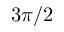
3 \pi / 2